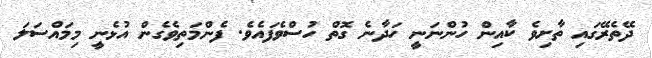
ދޭތެރޭގައި ތާށިވެ ކާއިން ހުންނަނީ ހަދާނެ ގޮތް ހުސްވެފައެވެ. ފެންމަތިވެގެން އުޅެނީ މިމައްސަލަ